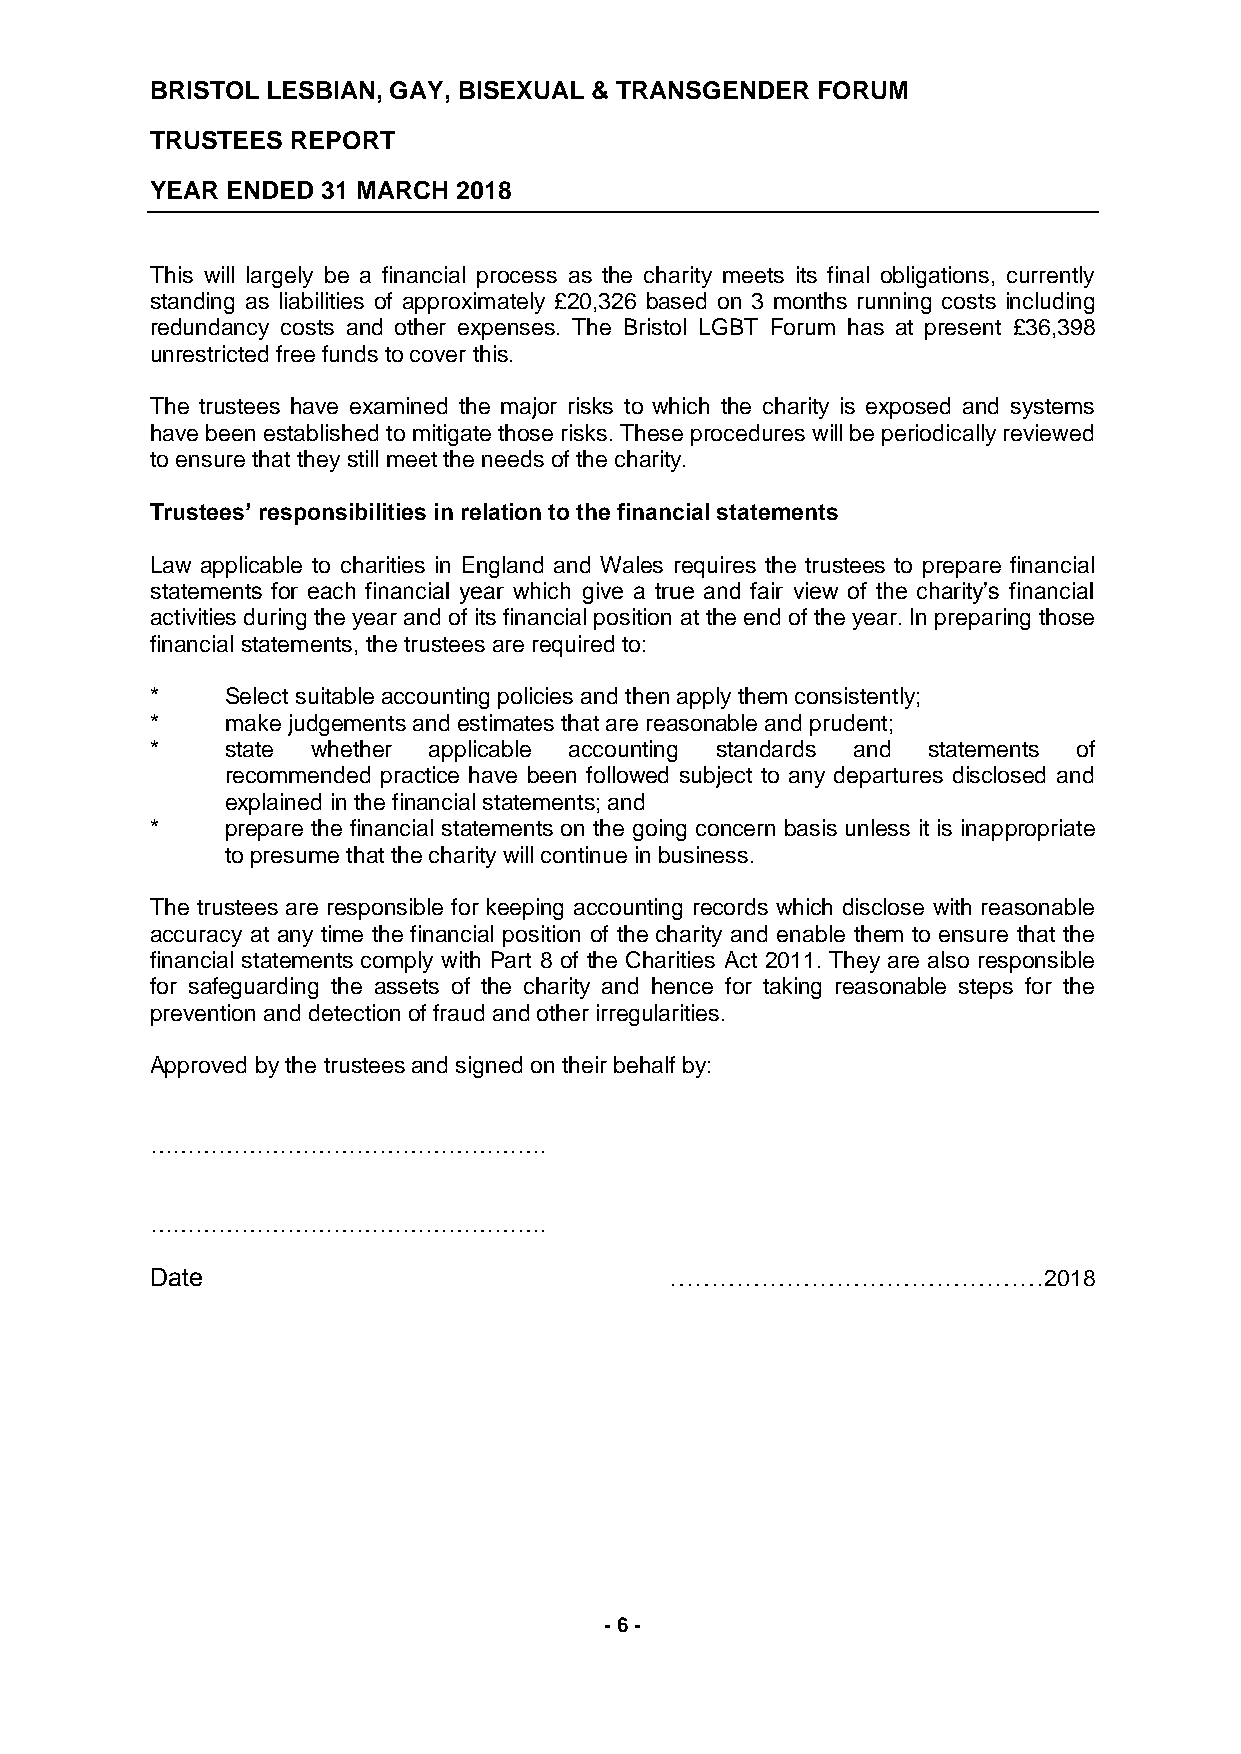
BRISTOL LESBIAN, GAY, BISEXUAL & TRANSGENDER FORUM
 TRUSTEES REPORT
 YEAR ENDED 31 MARCH 2018
 This will largely be a financial process as the charity meets its final obligations, currently
 standing as liabilities of approximately £20,326 based on 3 months running costs including
 redundancy costs and other expenses. The Bristol LGBT Forum has at present £36,398
 unrestricted free funds to cover this.
 The trustees have examined the major risks to which the charity is exposed and systems
 have been established to mitigate those risks. These procedures will be periodically reviewed
 to ensure that they still meet the needs of the charity.
 Trustees’ responsibilities in relation to the financial statements
 Law applicable to charities in England and Wales requires the trustees to prepare financial
 statements for each financial year which give a true and fair view of the charity’s financial
 activities during the year and of its financial position at the end of the year. In preparing those
 financial statements, the trustees are required to:
 *    Select suitable accounting policies and then apply them consistently;
 *    make judgements and estimates that are reasonable and prudent;
 *    state whether applicable accounting standards and statements of
 recommended practice have been followed subject to any departures disclosed and
 explained in the financial statements; and
 *    prepare the financial statements on the going concern basis unless it is inappropriate
 to presume that the charity will continue in business.
 The trustees are responsible for keeping accounting records which disclose with reasonable
 accuracy at any time the financial position of the charity and enable them to ensure that the
 financial statements comply with Part 8 of the Charities Act 2011. They are also responsible
 for safeguarding the assets of the charity and hence for taking reasonable steps for the
 prevention and detection of fraud and other irregularities.
 Approved by the trustees and signed on their behalf by:
 …………………………………………….
 …………………………………………….
 Date                              ………………………………………2018
 - 6 -